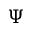
\Psi